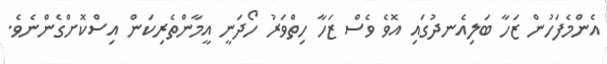
އެންމެފަހުން ޒަހާ ބަލިއެނދުގައި އޮވެ ވެސް ޒަހާ ހިތްވަރު ހޯދަނީ އީމާންތެރިކަން އިސްކޮށްގެންނެވެ.